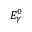
E _ { \gamma } ^ { 0 }